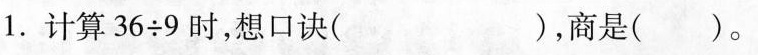
1.计算$$3 6 \div 9$$时，想口诀( )，商是()。